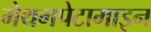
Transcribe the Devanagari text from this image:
मेथमपेटामाइन